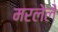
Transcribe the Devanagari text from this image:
मरलेलें